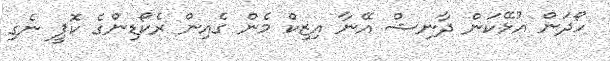
ހޯދަން އުޅޭކަން ދާނިޝް އޭނާ އިޒިކް މެން ގެއިން ރެކޯޑިންގެ ކޮޕީ ނެގި